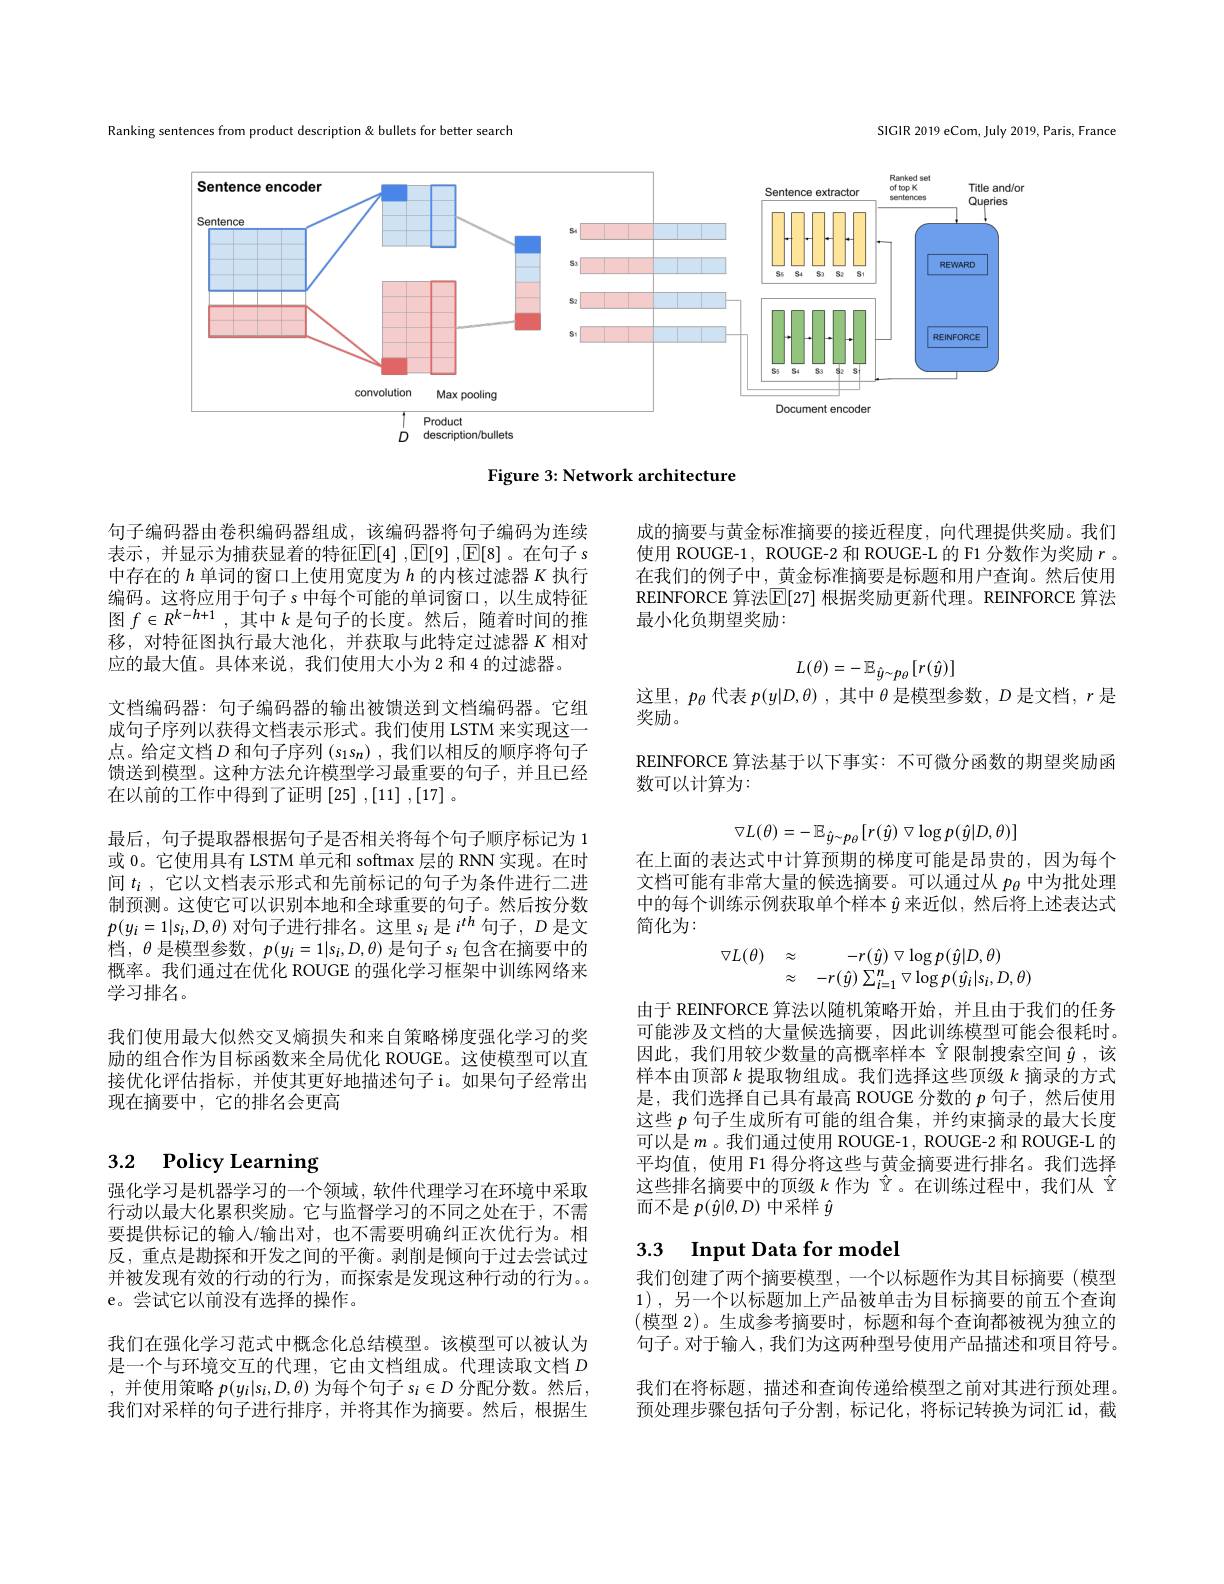
Ranking sentences from product description &bullets for better search

SIGIR 2019 eCom, July 2019, Paris, France

<FigureHere>

Figure 3: Network architecture

成的摘要与黄金标准摘要的接近程度，向代理提供奖励。我们使用 ROUGE-1 , ROUGE-2 和 ROUGE-L 的 F1 分数作为奖励$r$ 。在我们的例子中，黄金标准摘要是标题和用户查询。然后使用REINFORCE 算法$\mathbb{E}[27]$ 根据奖励更新代理。REINFORCE 算法最小化负期望奖励：

这里，$p_\theta$代表$p( y| D, \theta )$ ,其中$\theta$是模型参数，$D$是文档，$r$是
奖励。
REINFORCE 算法基于以下事实：不可微分函数的期望奖励函
数可以计算为：

句子编码器由卷积编码器组成，该编码器将句子编码为连续表示，并显示为捕获显着的特征$\mathbb{E}[4],\boxed{\mathbb{E}}[9],\boxed{\mathbb{E}}[8]$。在句子 s 中存在的$h$单词的窗口上使用宽度为$h$的内核过滤器$K$执行编码。这将应用于句子 s 中每个可能的单词窗口，以生成特征图$f\in R^{k-h+1}$,其中$k$是句子的长度。然后，随着时间的推移，对特征图执行最大池化，并获取与此特定过滤器$K$相对应的最大值。具体来说，我们使用大小为 2 和 4 的过滤器。
文档编码器：句子编码器的输出被馈送到文档编码器。它组成句子序列以获得文档表示形式。我们使用 LSTM 来实现这一点。给定文档$D$和句子序列$(s_1s_n)$,我们以相反的顺序将句子馈送到模型。这种方法允许模型学习最重要的句子，并且已经在以前的工作中得到了证明[25] ,[11] ,[17] 。
最后，句子提取器根据句子是否相关将每个句子顺序标记为 1或 0。它使用具有 LSTM 单元和 softmax 层的 RNN 实现。在时间 $t_i$ , 它以文档表示形式和先前标记的句子为条件进行二进制预测。这使它可以识别本地和全球重要的句子。然后按分数$p(y_i=1|s_i,D,\theta)$对句子进行排名。这里$s_i$是$i^{th}$句子，$D$是文档，$\theta$是模型参数，$p(y_i=1|s_i,D,\theta)$是句子$s_i$包含在摘要中的概率。我们通过在优化 ROUGE 的强化学习框架中训练网络来学习排名。
我们使用最大似然交叉熵损失和来自策略梯度强化学习的奖
$$\nabla L(\theta)=-\mathbb{E}_{\hat{y}\sim p_{\theta}}[r(\hat{y})\bigtriangledown\log p(\hat{y}|D,\theta)]$$
在上面的表达式中计算预期的梯度可能是昂贵的，因为每个文档可能有非常大量的候选摘要。可以通过从$p_\mathrm{\theta}$中为批处理中的每个训练示例获取单个样本$\hat{y}$来近似，然后将上述表达式简化为：
$$\begin{array}{rcl}\triangledown L(\theta)&\approx&-r(\hat y)\triangledown\log p(\hat y|D,\theta)\\&\approx&-r(\hat y)\sum_{i=1}^n\triangledown\log p(\hat y_i|s_i,D,\theta)\end{array}$$
励的组合作为目标函数来全局优化 ROUGE。这使模型可以直接优化评估指标，并使其更好地描述句子i。如果句子经常出现在摘要中，它的排名会更高

由于 REINFORCE 算法以随机策略开始，并且由于我们的任务可能涉及文档的大量候选摘要，因此训练模型可能会很耗时。因此，我们用较少数量的高概率样本 $\hat{\hat{Y}}$限制搜索空间$\hat{y}$,该样本由顶部$k$ 提取物组成。我们选择这些顶级$k$ 摘录的方式是，我们选择自己具有最高 ROUGE 分数的$p$句子，然后使用这些$p$句子生成所有可能的组合集，并约束摘录的最大长度可以是$m$ 。我们通过使用 ROUGE-1, ROUGE-2 和 ROUGE-L 的平均值，使用 F1 得分将这些与黄金摘要进行排名。我们选择这些排名摘要中的顶级$k$作为$\hat{\mathbb{Y}}$。在训练过程中，我们从$\hat{\mathbb{Y}}$ 而不是$p(\hat{y}|\theta,D)$中采样$\hat{y}$

# 3.2 $\textbf{Policy Learning}$

# 3.3 $\textbf{Input Data for model}$

强化学习是机器学习的一个领域，软件代理学习在环境中采取行动以最大化累积奖励。它与监督学习的不同之处在于，不需要提供标记的输入/输出对，也不需要明确纠正次优行为。相反，重点是勘探和开发之间的平衡。剥削是倾向于过去尝试过并被发现有效的行动的行为，而探索是发现这种行动的行为。。e。尝试它以前没有选择的操作。
我们在强化学习范式中概念化总结模型。该模型可以被认为是一个与环境交互的代理，它由文档组成。代理读取文档$D$ ,并使用策略$p(y_i|s_i,D,\theta)$为每个句子$s_i\in D$分配分数。然后， 我们对采样的句子进行排序，并将其作为摘要。然后，根据生

我们创建了两个摘要模型，一个以标题作为其目标摘要(模型1),另一个以标题加上产品被单击为目标摘要的前五个查询(模型 2)。生成参考摘要时，标题和每个查询都被视为独立的句子。对于输入，我们为这两种型号使用产品描述和项目符号。我们在将标题，描述和查询传递给模型之前对其进行预处理。预处理步骤包括句子分割，标记化，将标记转换为词汇 id,截